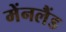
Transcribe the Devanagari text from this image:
मेंनलैंड